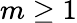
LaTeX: m\geq 1